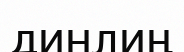
динлиң